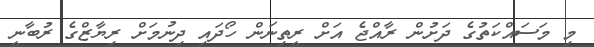
މި މަސައްކަތުގެ ދަށުން ރާއްޖެ އަށް ރީތިނަން ހޯދައި ދިނުމަށް ރިޔާޒްގެ ރުބާނީ